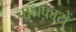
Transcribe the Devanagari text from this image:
वाधकारों